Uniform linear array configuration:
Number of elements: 8
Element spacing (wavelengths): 1
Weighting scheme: kaiser
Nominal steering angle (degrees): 30
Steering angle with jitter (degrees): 31.505
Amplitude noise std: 0.05
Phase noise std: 0.05

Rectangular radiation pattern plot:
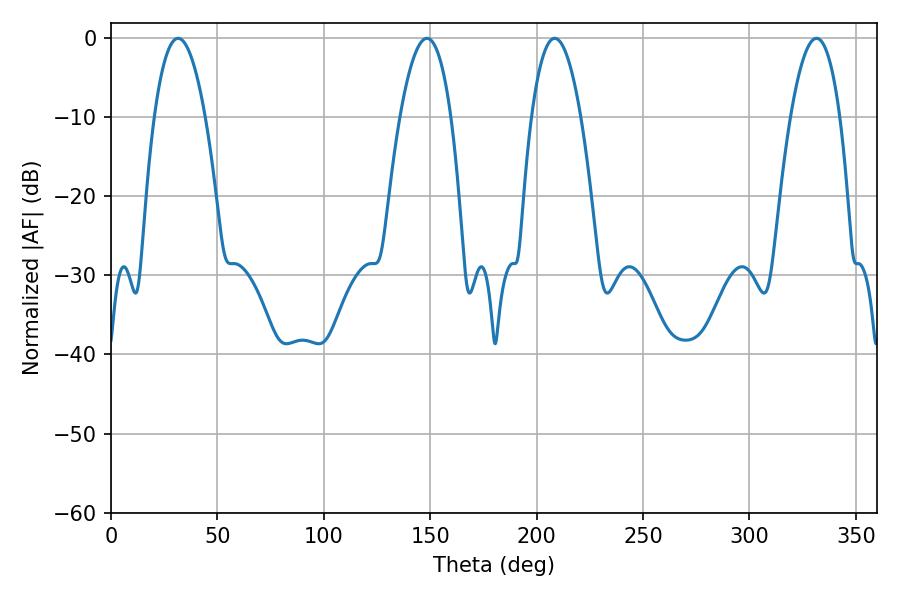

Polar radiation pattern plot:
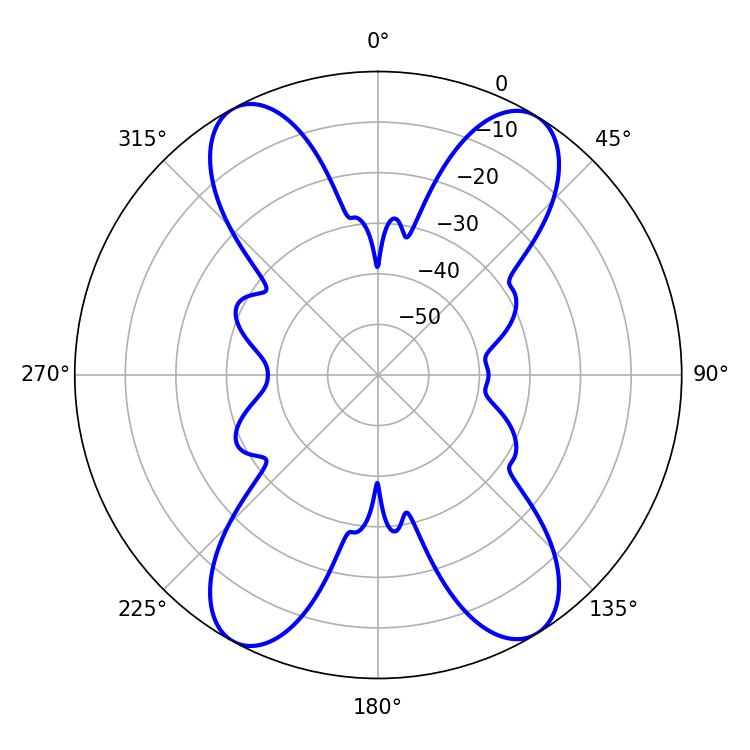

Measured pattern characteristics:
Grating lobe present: TRUE
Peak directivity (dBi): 18.197
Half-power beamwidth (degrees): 13.14
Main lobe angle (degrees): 31.5